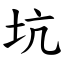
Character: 坑